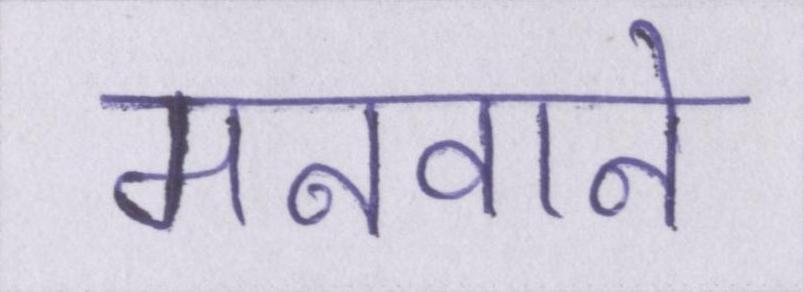
मनवाने